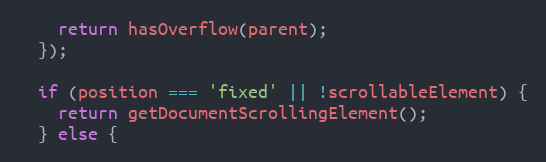
Language: JavaScript
    return hasOverflow(parent);
  });

  if (position === 'fixed' || !scrollableElement) {
    return getDocumentScrollingElement();
  } else {